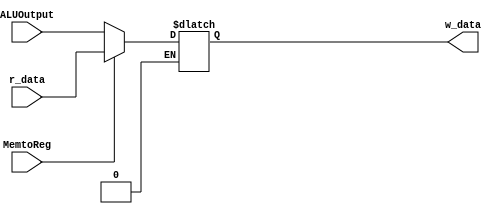
`timescale 1ns / 1ps
//////////////////////////////////////////////////////////////////////////////////
// Company: 
// Engineer: 
// 
// Design Name:    Zezhong Wang
// Module Name:    MemMUX 
// Project Name:  
// Target Devices: 
// Tool versions: 
// Description: 
//
// Dependencies: 
//
// Revision: 
// Revision 0.01 - File Created
// Additional Comments: 
//
//////////////////////////////////////////////////////////////////////////////////

module MemMUX(
    r_data,
    ALUOutput,
    MemtoReg,
    w_data
);
  
  input [31:0] r_data;
  input [31:0] ALUOutput;
  input MemtoReg;
  output reg [31:0] w_data;
  
  always @(MemtoReg, r_data, ALUOutput)
    begin
      if(MemtoReg == 0)
        w_data <= ALUOutput;
      else if(MemtoReg == 1)
        w_data <= r_data;
    end
endmodule